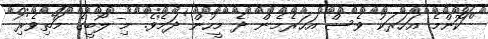
ކޮންމެ އަހަރަކު ވެސް އަހަރެމެން ދެ މީހުން ދަމެވެ. މި ލޯބީގެ މަތިވެރި